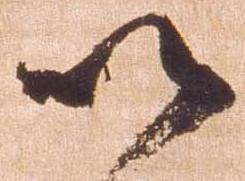
以